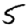
Digit: 5